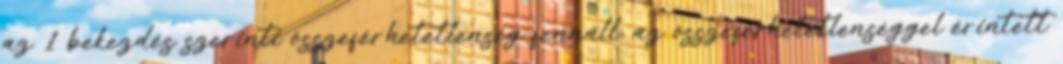
az 1 bekezdés szerinti összeférhetetlenség fennáll, az összeférhetetlenséggel érintett